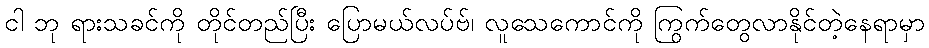
ငါ ဘု ရားသခင်ကို တိုင်တည်ပြီး ပြောမယ်လပ်ဗ်၊ လူသေကောင်ကို ကြွက်တွေလာနိုင်တဲ့နေရာမှာ